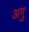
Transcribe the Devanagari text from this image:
अगु